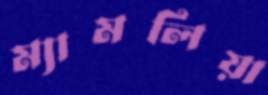
ম্যামলিয়া